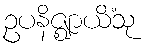
ဥပနိဇ္ဈာယိံသု